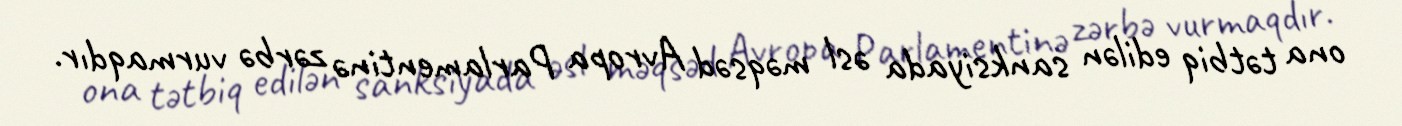
ona tətbiq edilən sanksiyada əsl məqsəd Avropa Parlamentinə zərbə vurmaqdır.